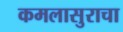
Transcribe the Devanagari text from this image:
कमलासुराचा